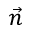
\vec { n }